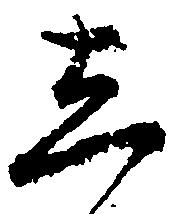
し